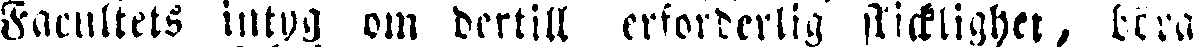
Facultets intyg om dertill erforderlig skicklighet, bera